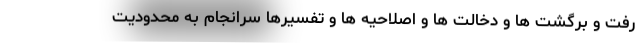
رفت و برگشت ها و دخالت ها و اصلاحیه ها و تفسیرها سرانجام به محدودیت